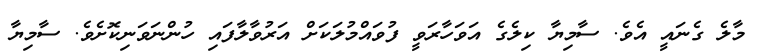
މާލެ ގެނައީ އެވެ. ސާމިޔާ ކިލެގެ އަވަހާރަވީ ފުވައްމުލަކަށް އަރުވާލާފައި ހުންނަވަނިކޮށެވެ. ސާމިޔާ